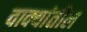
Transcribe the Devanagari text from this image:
वाक्यांतील